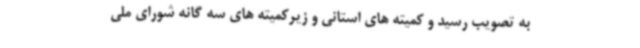
به تصویب رسید و کمیته های استانی و زیرکمیته های سه گانه شورای ملی